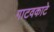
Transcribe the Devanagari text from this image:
गाटवकाटे